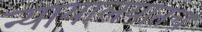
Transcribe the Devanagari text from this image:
न्यायालयातच